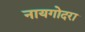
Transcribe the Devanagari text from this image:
नायगोदरा